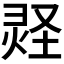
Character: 𪹂